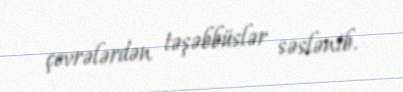
çevrələrdən təşəbbüslər səslənib.